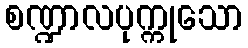
စဏ္ဍာလပုက္ကုသော